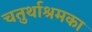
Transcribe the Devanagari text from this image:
चतुर्थाश्रमका